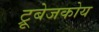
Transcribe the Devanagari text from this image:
ट्रूबेजकोय